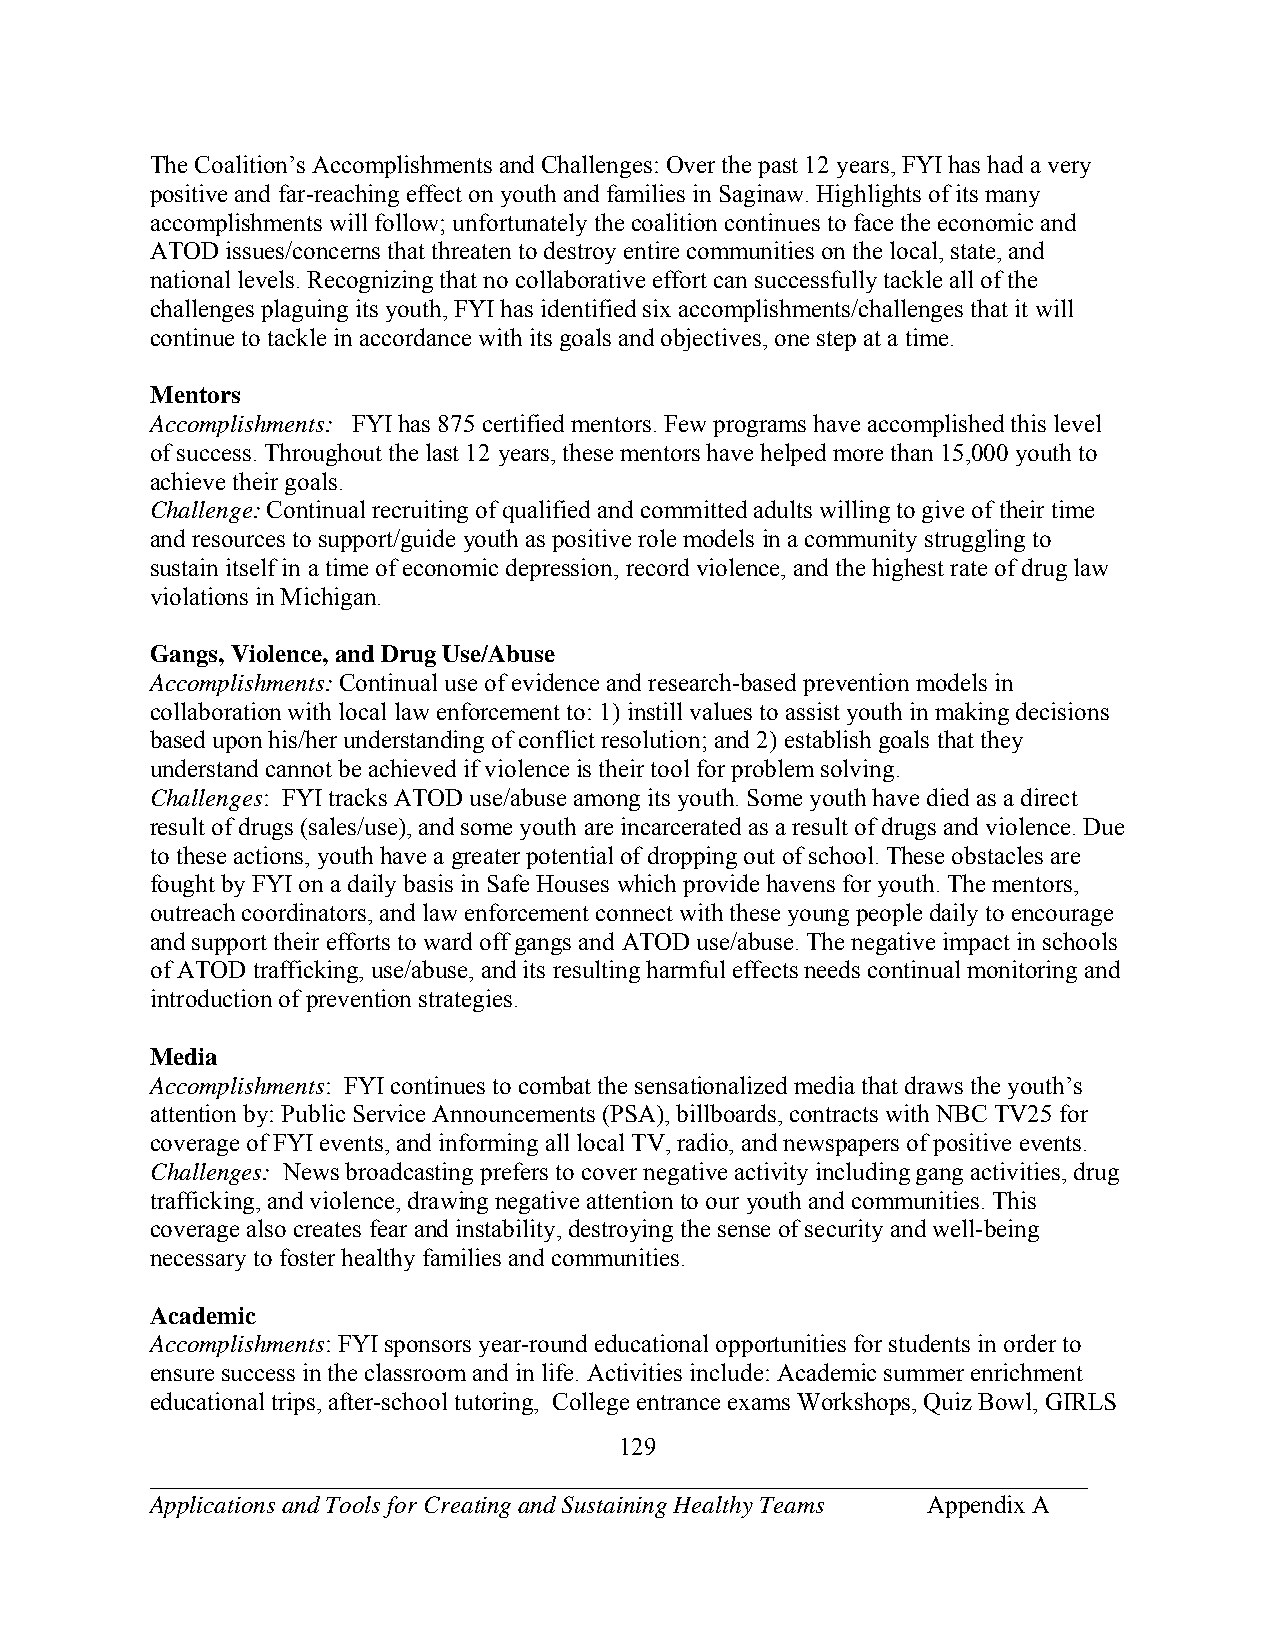
The Coalition’s Accomplishments and Challenges: Over the past 12 years, FYI has had a very
 positive and far-reaching effect on youth and families in Saginaw. Highlights of its many
 accomplishments will follow; unfortunately the coalition continues to face the economic and
 ATOD issues/concerns that threaten to destroy entire communities on the local, state, and
 national levels. Recognizing that no collaborative effort can successfully tackle all of the
 challenges plaguing its youth, FYI has identified six accomplishments/challenges that it will
 continue to tackle in accordance with its goals and objectives, one step at a time.
 Mentors
 Accomplishments: FYI has 875 certified mentors. Few programs have accomplished this level
 of success. Throughout the last 12 years, these mentors have helped more than 15,000 youth to
 achieve their goals.
 Challenge: Continual recruiting of qualified and committed adults willing to give of their time
 and resources to support/guide youth as positive role models in a community struggling to
 sustain itself in a time of economic depression, record violence, and the highest rate of drug law
 violations in Michigan.
 Gangs, Violence, and Drug Use/Abuse
 Accomplishments: Continual use of evidence and research-based prevention models in
 collaboration with local law enforcement to: 1) instill values to assist youth in making decisions
 based upon his/her understanding of conflict resolution; and 2) establish goals that they
 understand cannot be achieved if violence is their tool for problem solving.
 Challenges: FYI tracks ATOD use/abuse among its youth. Some youth have died as a direct
 result of drugs (sales/use), and some youth are incarcerated as a result of drugs and violence. Due
 to these actions, youth have a greater potential of dropping out of school. These obstacles are
 fought by FYI on a daily basis in Safe Houses which provide havens for youth. The mentors,
 outreach coordinators, and law enforcement connect with these young people daily to encourage
 and support their efforts to ward off gangs and ATOD use/abuse. The negative impact in schools
 of ATOD trafficking, use/abuse, and its resulting harmful effects needs continual monitoring and
 introduction of prevention strategies.
 Media
 Accomplishments: FYI continues to combat the sensationalized media that draws the youth’s
 attention by: Public Service Announcements (PSA), billboards, contracts with NBC TV25 for
 coverage of FYI events, and informing all local TV, radio, and newspapers of positive events.
 Challenges: News broadcasting prefers to cover negative activity including gang activities, drug
 trafficking, and violence, drawing negative attention to our youth and communities. This
 coverage also creates fear and instability, destroying the sense of security and well-being
 necessary to foster healthy families and communities.
 Academic
 Accomplishments: FYI sponsors year-round educational opportunities for students in order to
 ensure success in the classroom and in life. Activities include: Academic summer enrichment
 educational trips, after-school tutoring, College entrance exams Workshops, Quiz Bowl, GIRLS
 129
 ___________________________________________________________________________
 Applications and Tools for Creating and Sustaining Healthy Teams Appendix A